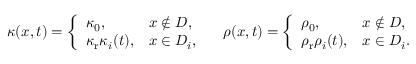
\begin{array} { r } { \kappa ( x , t ) = \left\{ \begin{array} { l l } { \kappa _ { 0 } , } & { x \notin { D } , } \\ { \kappa _ { \mathrm { r } } \kappa _ { i } ( t ) , } & { x \in D _ { i } , } \end{array} \right. \quad \rho ( x , t ) = \left\{ \begin{array} { l l } { \rho _ { 0 } , } & { x \notin { D } , } \\ { \rho _ { \mathrm { r } } \rho _ { i } ( t ) , } & { x \in D _ { i } . } \end{array} \right. } \end{array}